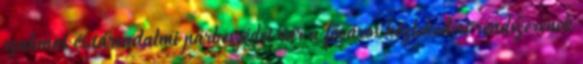
szakmai és társadalmi párbeszédet vár a főváros közlekedési rendszerének